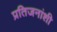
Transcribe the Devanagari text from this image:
प्रतिजनांशी